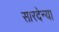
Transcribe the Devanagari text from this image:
सारदेन्या